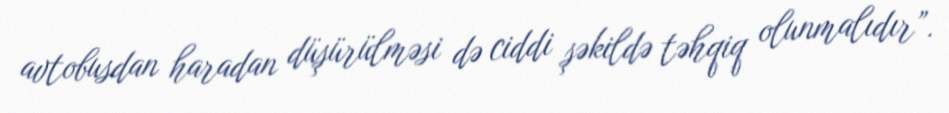
avtobusdan haradan düşürülməsi də ciddi şəkildə təhqiq olunmalıdır”.